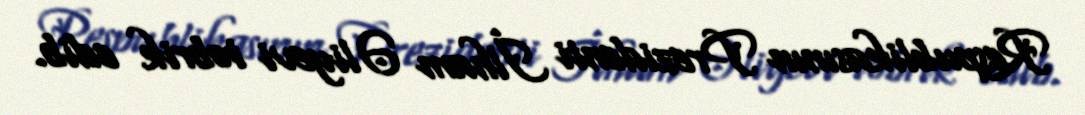
Respublikasının Prezidenti İlham Əliyevi təbrik edib.